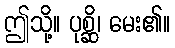
ဤသို့။ ပုစ္ဆိ၊ မေး၏။